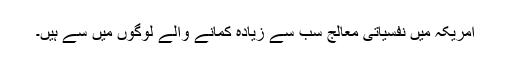
امریکہ میں نفسیاتی معالج سب سے زیادہ کمانے والے لوگوں میں سے ہیں۔